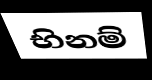
භිනම්